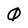
Character: 0